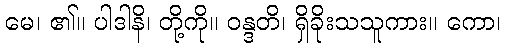
မေ၊ ၏။ ပါဒါနိ၊ တို့ကို။ ဝန္ဒတိ၊ ရှိခိုးသသူကား။ ကော၊